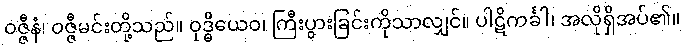
ဝဇ္ဇီနံ၊ ဝဇ္ဇီမင်းတို့သည်။ ဝုဒ္ဓိယေဝ၊ ကြီးပွားခြင်းကိုသာလျှင်။ ပါဋိကင်္ခါ၊ အလိုရှိအပ်၏။